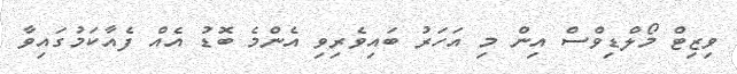
ވިޒިޓް މޯލްޑިވްސް އިން މި އަހަރު ބައިވެރިވި އެންމެ ބޮޑު އެއް ފެއާކަމުގައިވާ